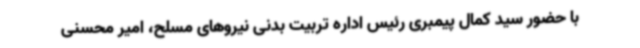
با حضور سید کمال پیمبری رئیس اداره تربیت بدنی نیروهای مسلح، امیر محسنی